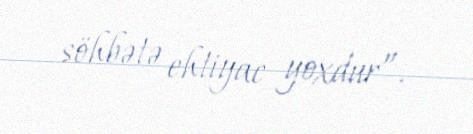
söhbətə ehtiyac yoxdur”.